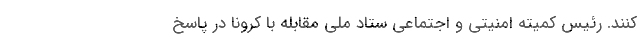
کنند. رئیس کمیته امنیتی و اجتماعی ستاد ملی مقابله با کرونا در پاسخ